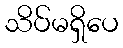
သိပ်မရှိပေ